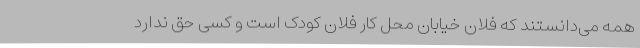
همه می‌دانستند که فلان خیابان محل کار فلان کودک است و کسی حق ندارد